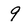
Character: 9